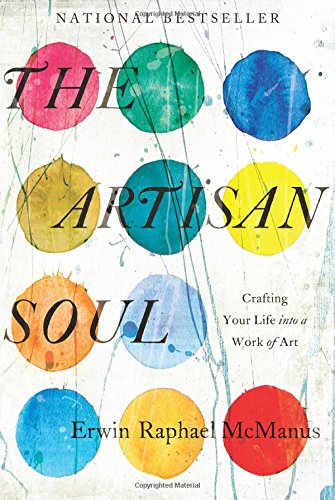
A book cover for The Artisan Soul: Crafting Your Life into a Work of Art; Erwin Raphael McManus; Self-Help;